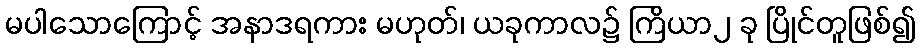
မပါသောကြောင့် အနာဒရကား မဟုတ်၊ ယခုကာလ၌ ကြိယာ၂ ခု ပြိုင်တူဖြစ်၍